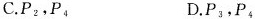
C.P_{2}，P_{4} D.P_{3}，P_{4}